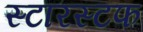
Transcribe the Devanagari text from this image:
स्टारस्टफ